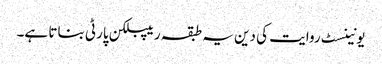
یونینسٹ روایت کی دین یہ طبقہ ریپبلکن پارٹی بناتا ہے۔